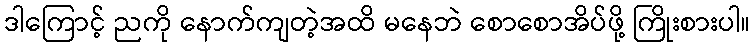
ဒါကြောင့် ညကို နောက်ကျတဲ့အထိ မနေဘဲ စောစောအိပ်ဖို့ ကြိုးစားပါ။